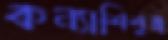
কন্যাশিশুরা